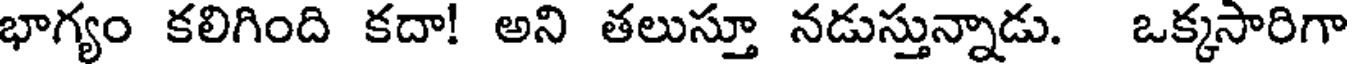
భాగ్యం కలిగింది కదా! అని తలుస్తూ నడుస్తున్నాడు. ఒక్కసారిగా